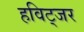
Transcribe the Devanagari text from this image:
हविट्जर